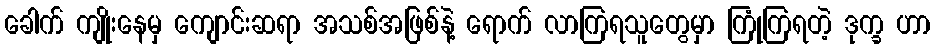
ခေါက် ကျိုးနေမှ ကျောင်းဆရာ အသစ်အဖြစ်နဲ့ ရောက် လာကြရသူတွေမှာ ကြုံကြရတဲ့ ဒုက္ခ ဟာ